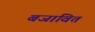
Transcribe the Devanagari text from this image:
बजावित